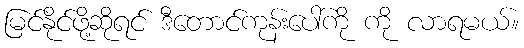
မြင်နိုင်ဖို့ဆိုရင် ဒီတောင်ကုန်းပေါ်ကို ကို လာရမယ်။